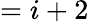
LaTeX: =i+2